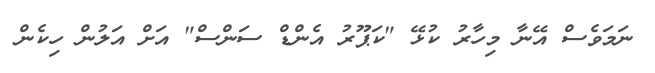
ނަމަވެސް އޭނާ މިހާރު ކުޅޭ "ކަޕޫރު އެންޑް ސަންސް" އަށް އަލުން ހިކެން